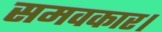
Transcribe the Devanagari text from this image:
समवकार।